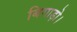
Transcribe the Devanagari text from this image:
बिगाड़ो।